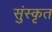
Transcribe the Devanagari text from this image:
सुंस्कृत